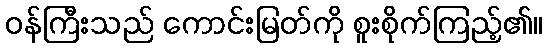
ဝန်ကြီးသည် ကောင်းမြတ်ကို စူးစိုက်ကြည့်၏။